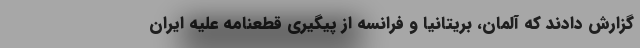
گزارش دادند که آلمان، بریتانیا و فرانسه از پیگیری قطعنامه علیه ایران